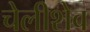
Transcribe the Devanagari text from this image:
चेलीशेव